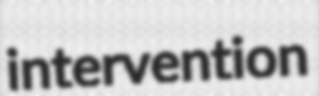
intervention